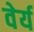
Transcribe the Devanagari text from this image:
वेर्य